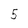
Character: 5